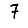
Digit: 7